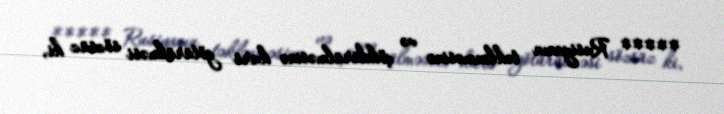
***** Rusiyanın təklənməsinə və çökdürülməsinə kurs götürülməsi sözsüz ki,